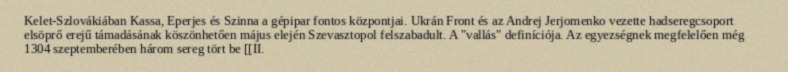
Kelet-Szlovákiában Kassa, Eperjes és Szinna a gépipar fontos központjai. Ukrán Front és az Andrej Jerjomenko vezette hadseregcsoport elsöprő erejű támadásának köszönhetően május elején Szevasztopol felszabadult. A "vallás" definíciója. Az egyezségnek megfelelően még 1304 szeptemberében három sereg tört be [[II.